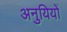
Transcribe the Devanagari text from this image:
अनुयियों